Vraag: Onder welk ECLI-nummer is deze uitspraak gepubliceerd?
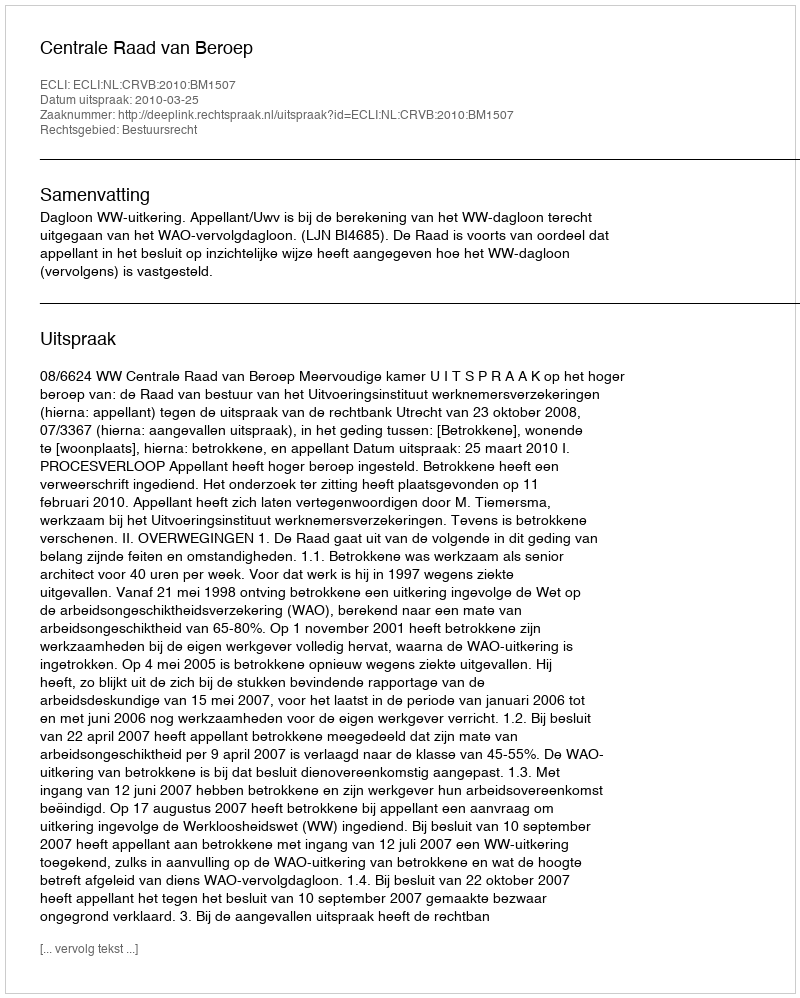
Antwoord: ECLI:NL:CRVB:2010:BM1507